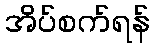
အိပ်စက်ရန်